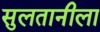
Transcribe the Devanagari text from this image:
सुलतानीला